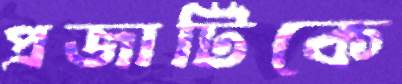
প্রজাটিকে